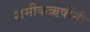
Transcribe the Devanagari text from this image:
शमीकऋषींनी